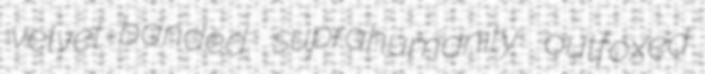
velvet-banded suprahumanity outfoxed